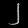
Digit: ၂